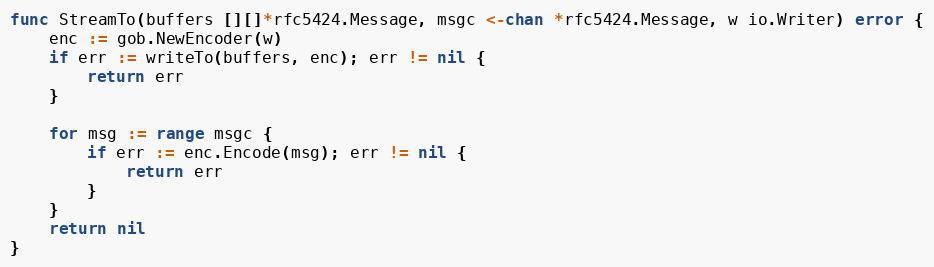
Language: Go
func StreamTo(buffers [][]*rfc5424.Message, msgc <-chan *rfc5424.Message, w io.Writer) error {
	enc := gob.NewEncoder(w)
	if err := writeTo(buffers, enc); err != nil {
		return err
	}

	for msg := range msgc {
		if err := enc.Encode(msg); err != nil {
			return err
		}
	}
	return nil
}